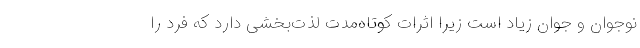
نوجوان و جوان زیاد است زیرا اثرات کوتاه‌مدت لذت‌بخشی دارد که فرد را